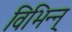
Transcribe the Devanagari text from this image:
विभिन्न्